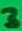
Text: 3